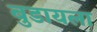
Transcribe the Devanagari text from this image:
बुडायला